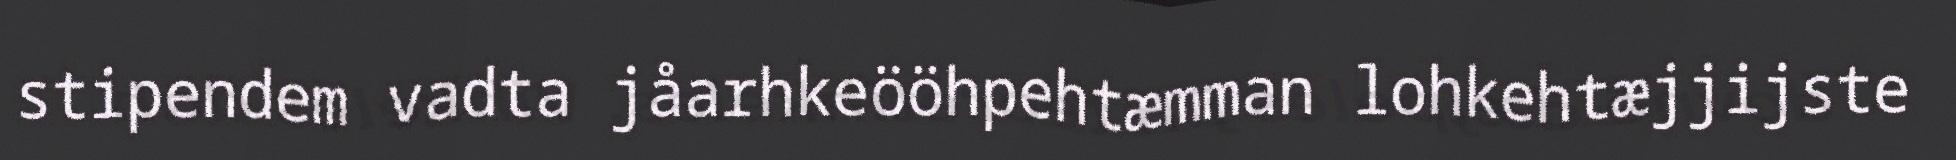
stipendem vadta jåarhkeööhpehtæmman lohkehtæjjijste